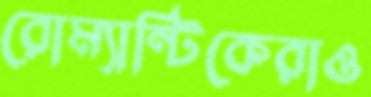
রোম্যান্টিকেরাও